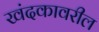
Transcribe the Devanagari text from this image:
खंदकावरील